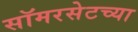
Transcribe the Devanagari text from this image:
सॉमरसेटच्या